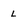
Character: L